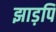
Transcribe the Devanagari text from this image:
झाड़पि